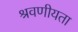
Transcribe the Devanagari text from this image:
श्रवणीयता